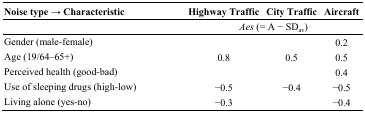
| Noise type → Characteristic | Highway Traffic | City Traffic | Aircraft |
 | --- | --- | --- | --- |
 |  | <COLSPAN=3> Aes (= A − SDav) |
 | Gender (male-female) |  |  | 0.2 |
 | Age (19/64–65+) | 0.8 | 0.5 | 0.5 |
 | Perceived health (good-bad) |  |  | 0.4 |
 | Use of sleeping drugs (high-low) | −0.5 | −0.4 | −0.5 |
 | Living alone (yes-no) | −0.3 |  | −0.4 |